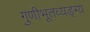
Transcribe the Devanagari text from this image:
गुणीभूतव्यङ्ग्य